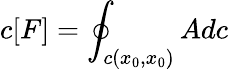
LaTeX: c[F]=\oint_{c(x_{0},x_{0})}Adc